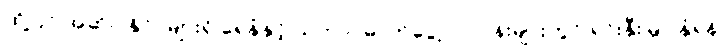
ထို့ပြင် အဆိုပါနိုင်ငံများရှိ ရေနံနှင့် သဘာဝဓာတ်ငွေ့လုပ်ငန်းများတွင် ရင်းနှီးမြှုပ်နှံရန်